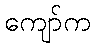
ကျော်က